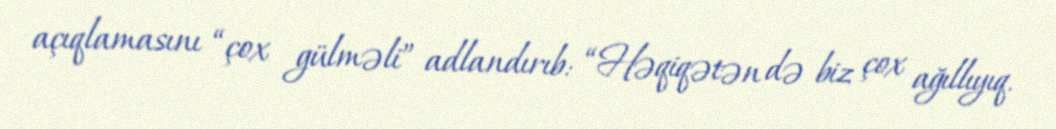
açıqlamasını “çox gülməli” adlandırıb: “Həqiqətən də biz çox ağıllıyıq.